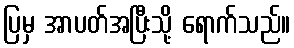
ပြမှ အာပတ်အပြီးသို့ ရောက်သည်။